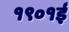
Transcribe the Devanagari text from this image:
१९०१ई